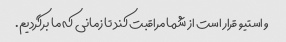
و استیو قرار است از شما مراقبت کند تا زمانی که ما برگردیم.